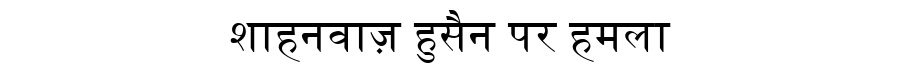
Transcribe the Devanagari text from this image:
शाहनवाज़ हुसैन पर हमला